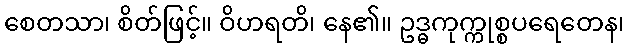
စေတသာ၊ စိတ်ဖြင့်။ ဝိဟရတိ၊ နေ၏။ ဥဒ္ဓကုက္ကုစ္စပရေတေန၊